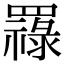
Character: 𦌟